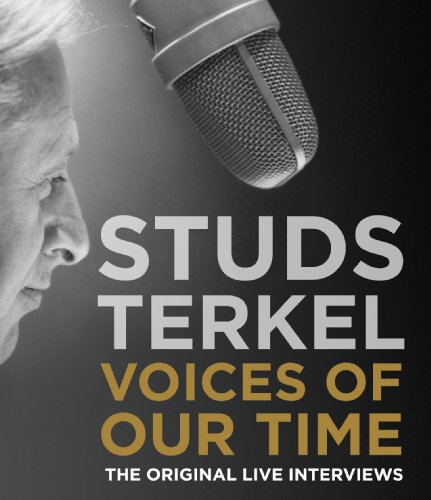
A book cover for Voices of Our Time: Five Decades of Studs Terkel Interviews; Studs Terkel; Humor & Entertainment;